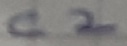
Text: C2